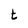
Character: t